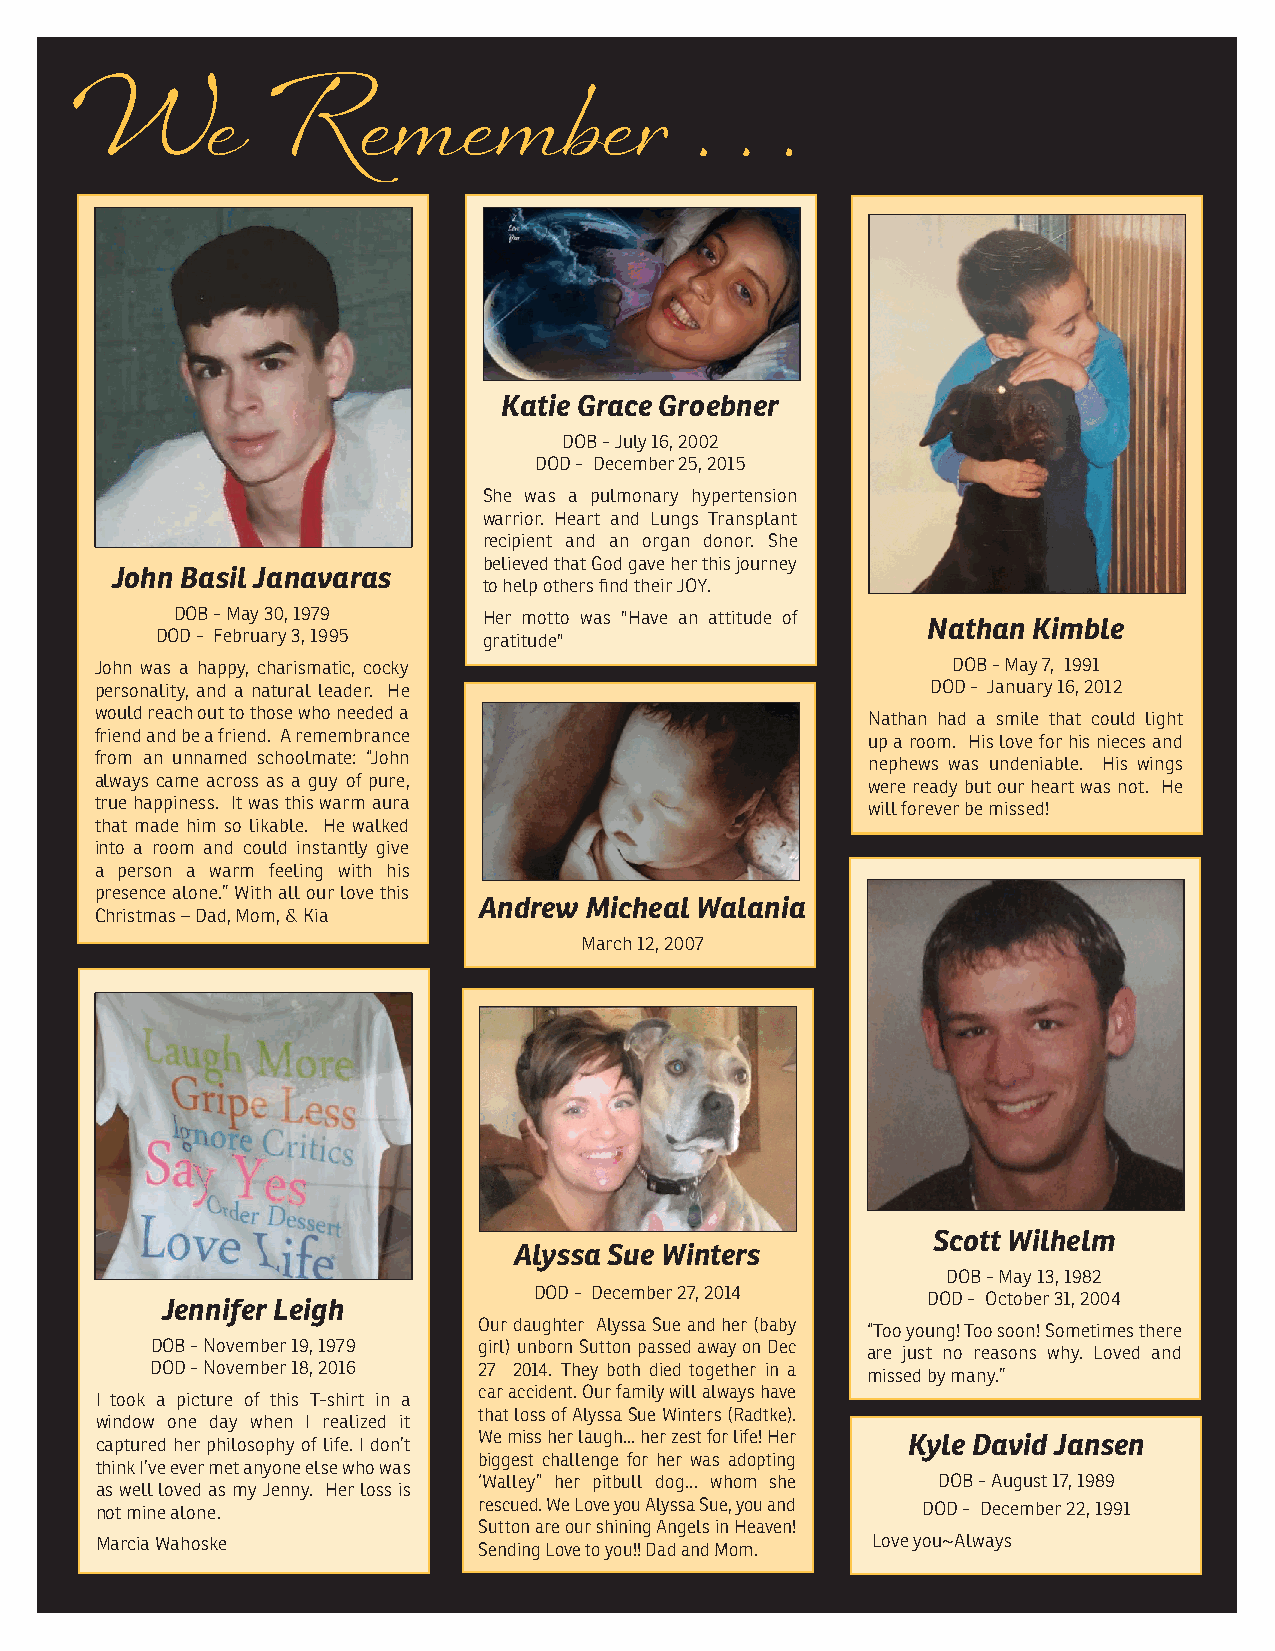
W        e   R     e m    e m   b  e r   .  . .
 Katie Grace Groebner
 DOB - July 16, 2002
 DOD - December 25, 2015
 She was a pulmonary hypertension
 warrior. Heart and Lungs Transplant
 recipient and an organ donor. She
 believed that God gave her this journey
 John Basil Janavaras
 to help others find their JOY.
 DOB - May 30, 1979  Her motto was "Have an attitude of
 Nathan Kimble
 DOD - February 3, 1995 gratitude"
 John was a happy, charismatic, cocky                     DOB - May 7, 1991
 personality, and a natural leader. He                   DOD - January 16, 2012
 would reach out to those who needed a              Nathan had a smile that could light
 friend and be a friend. A remembrance              up a room. His love for his nieces and
 from an unnamed schoolmate: “John                  nephews was undeniable. His wings
 always came across as a guy of pure,               were ready but our heart was not. He
 true happiness. It was this warm aura              will forever be missed!
 that made him so likable. He walked
 into a room and could instantly give
 a person a warm feeling with his
 presence alone.” With all our love this
 Andrew Micheal Walania
 Christmas – Dad, Mom, & Kia
 March 12, 2007
 Scott Wilhelm
 Alyssa Sue Winters
 DOB - May 13, 1982
 DOD - December 27, 2014
 DOD - October 31, 2004
 Jennifer Leigh
 Our daughter Alyssa Sue and her (baby
 “Too young! Too soon! Sometimes there
 DOB - November 19, 1979 girl) unborn Sutton passed away on Dec
 are just no reasons why. Loved and
 DOD - November 18, 2016 27 2014. They both died together in a
 missed by many.”
 car accident. Our family will always have
 I took a picture of this T-shirt in a
 that loss of Alyssa Sue Winters (Radtke).
 window one day when I realized it
 captured her philosophy of life. I don’t We miss her laugh... her zest for life! Her Kyle David Jansen
 biggest challenge for her was adopting
 think I’ve ever met anyone else who was
 ‘Walley” her pitbull dog... whom she DOB - August 17, 1989
 as well loved as my Jenny. Her loss is
 not mine alone.           rescued. We Love you Alyssa Sue, you and DOD - December 22, 1991
 Sutton are our shining Angels in Heaven!
 Marcia Wahoske            Sending Love to you!! Dad and Mom. Love you~Always